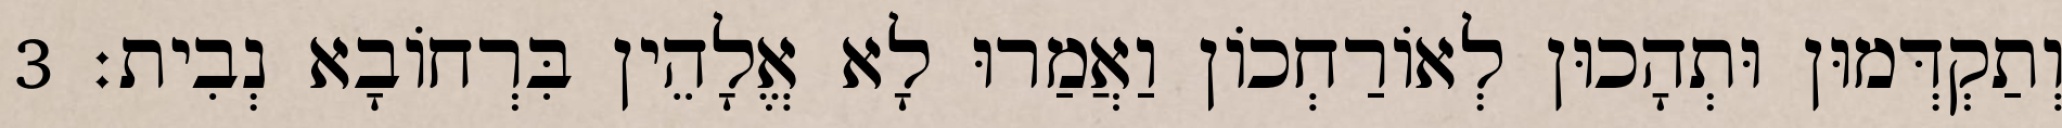
וְתַקְדְּמוּן וּתְהָכוּן לְאוֹרַחְכוֹן וַאֲמַרוּ לָא אֱלָהֵין בִּרְחוֹבָא נְבִית׃ 3